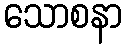
သောစနာ